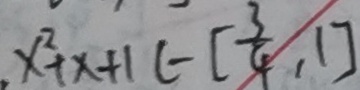
x ^ { 2 } + x + 1 ( - [ \frac { 3 } { 4 } , 1 ]